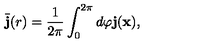
\bar { \bf { j } } ( r ) = \frac { 1 } { 2 \pi } \int _ { 0 } ^ { 2 \pi } d \varphi \bf { j } ( \bf { x } ) ,